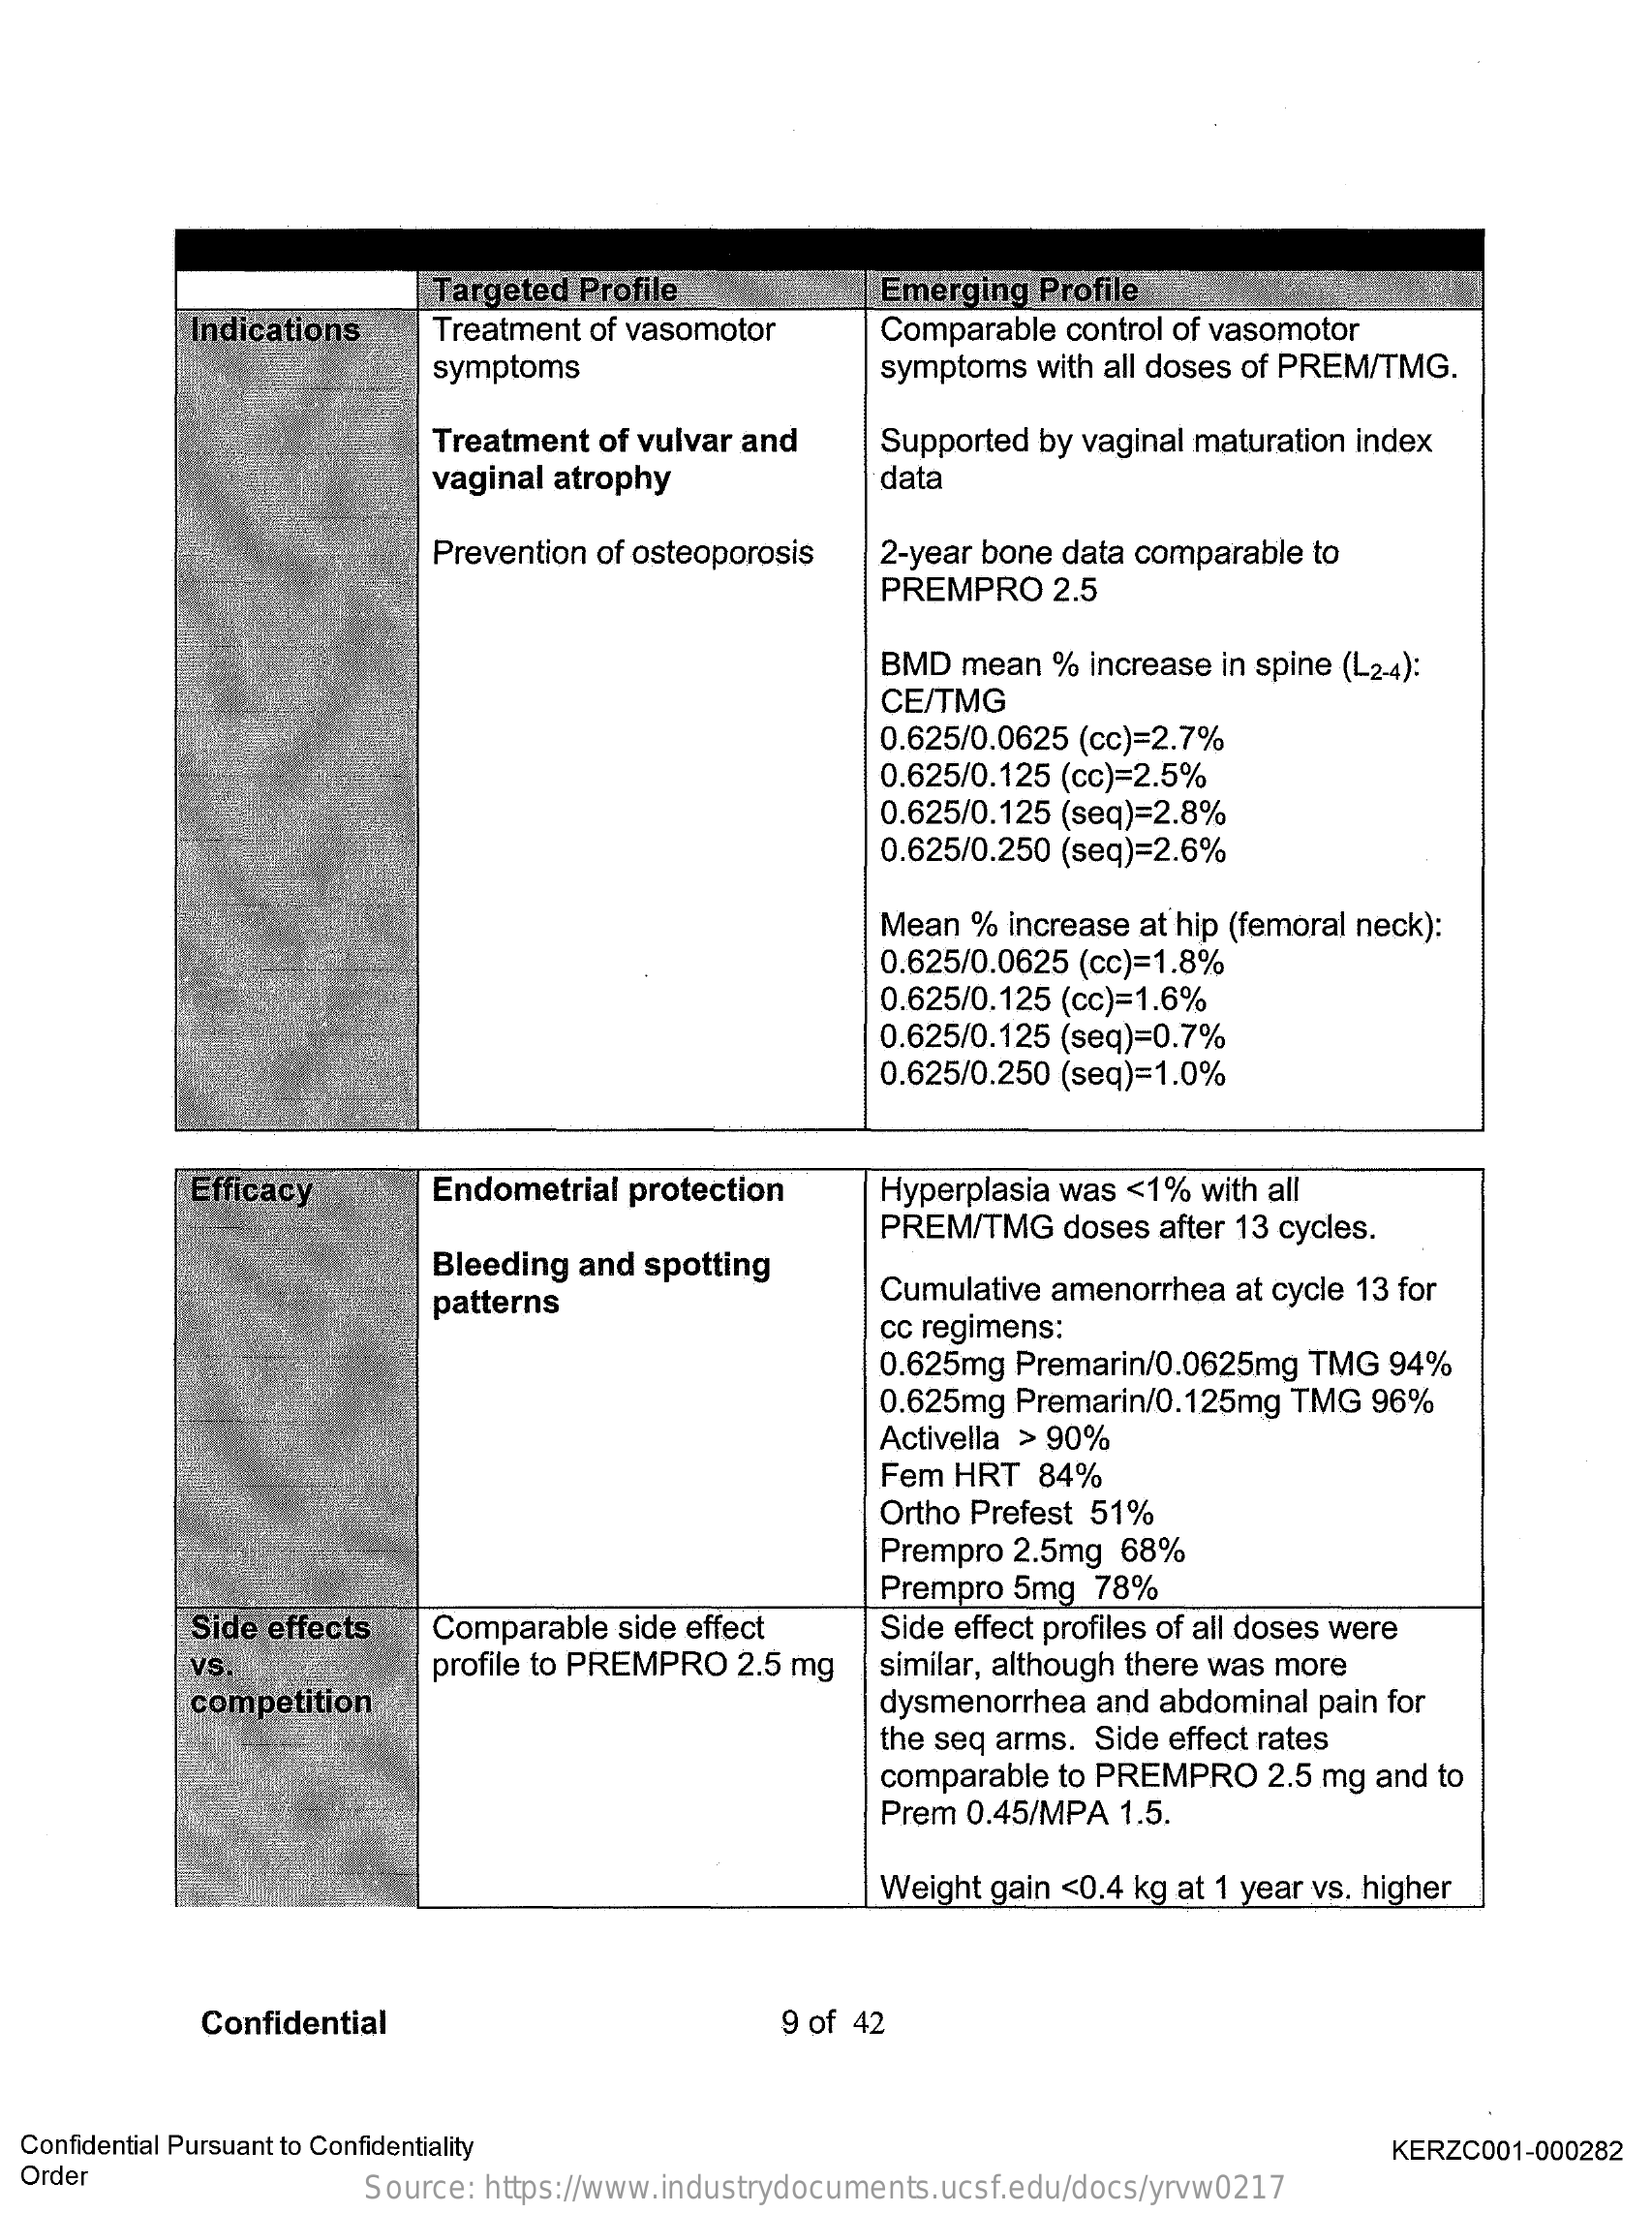
Targeted Profile    Emerging Profile
     Indications  Treatment of vasomotor Comparable control of vasomotor
     symptoms    symptoms with all doses of PREM/TMG.
     Treatment of vulvar and
     vaginal atrophy
     Supported by vaginal maturation index
     data
     Prevention of osteoporosis 2-year bone data comparable to
     PREMPRO  2.5
     BMD mean  % increase in spine (L2-4):
     CE/TMG
     0.625/0.0625 (cc)=2.7%
     0.625/0.125 (cc)=2.5%
     0.625/0.125 (seq)=2.8%
     0.625/0.250 (seq)=2.6%
     Mean % increase at hip (femoral neck):
     0.625/0.0625 (cc)=1.8%
     0.625/0.125 (cc)=1.6%
     0.625/0.125 (seq)=0.7%
     0.625/0.250 (seq)=1.0%
     Efficacy    Endometrial protection Hyperplasia was <1% with all
     Bleeding and spotting
     PREM/TMG  doses after 13 cycles.
     patterns    Cumulative amenorrhea at cycle 13 for
     cc regimens:
     0.625mg Premarin/0.0625mg TMG 94%
     0.625mg Premarin/0.125mg TMG 96%
     Activella > 90%
     Fem HRT 84%
     Ortho Prefest 51%
     Prempro 2.5mg 68%
     Prempro 5mg 78%
     Side effects Comparable side effect Side effect profiles of all doses were
     VS.    profile to PREMPRO 2.5 mg similar, although there was more
     competition    dysmenorrhea and abdominal pain for
     the seq arms. Side effect rates
     comparable to PREMPRO 2.5 mg and to
     Prem 0.45/MPA 1.5.
     Weight gain <0.4 kg at 1 year vs. higher
     Confidential    9 of 42
  Confidential Pursuant to Confidentiality
  Order
     KERZC001-000282
     Source: https://www.industrydocuments.ucsf.edu/docs/yrvw0217